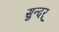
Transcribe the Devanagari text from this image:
सुन्दर्